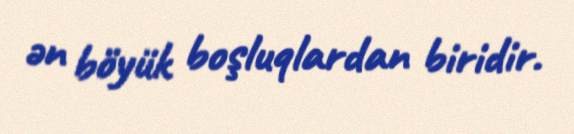
ən böyük boşluqlardan biridir.